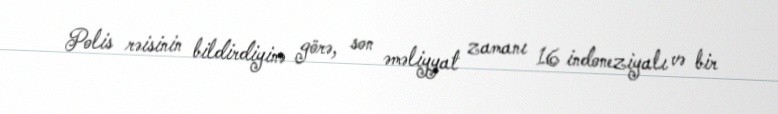
Polis rəisinin bildirdiyinə görə, son əməliyyat zamanı 16 indoneziyalı və bir